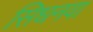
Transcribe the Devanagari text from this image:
सिधनवा